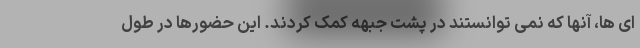
ای ها، آنها که نمی توانستند در پشت جبهه کمک کردند. این حضورها در طول